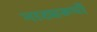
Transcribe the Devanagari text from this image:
नाट्यरूपों